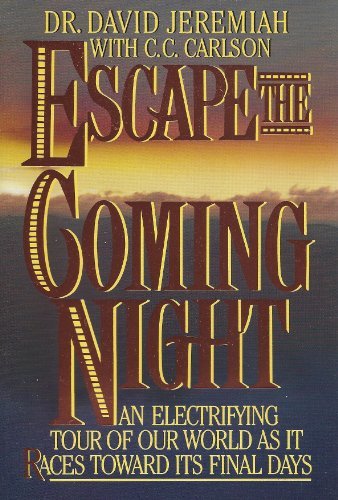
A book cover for Escape the Coming Night: An Electrifying Tour of Our World As It Races Toward Its Final Days; Dr. David Jeremiah; Christian Books & Bibles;